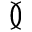
\between